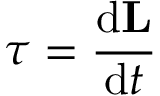
{ \boldsymbol { \tau } } = { \frac { \mathrm { d } \mathbf { L } } { \mathrm { d } t } }